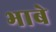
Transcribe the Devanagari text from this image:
भाबे